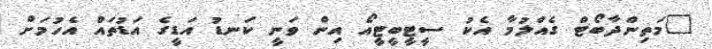
"މަތިންދާބޯޓް ގެއްލުމާ އެކު ސީޓީބީޓީއޯ އިން ވަނީ ކަނޑު އަޑީގެ އަޑުތައް އެހުމަށް